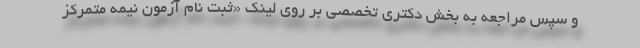
و سپس مراجعه به بخش دکتری تخصصی بر روی لینک «ثبت نام آزمون نیمه متمرکز